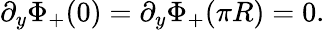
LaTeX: \partial_{y}\Phi_{+}(0)=\partial_{y}\Phi_{+}(\pi R)=0.